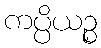
ကပ္ပိယဉ္စ